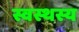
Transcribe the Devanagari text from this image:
स्वस्थस्य